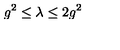
g ^ { 2 } \le \lambda \le 2 g ^ { 2 }